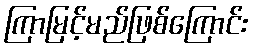
ကြာမြင့်မည်ဖြစ်ကြောင်း